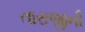
તારાજીની